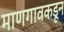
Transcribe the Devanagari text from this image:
माणगावकडून